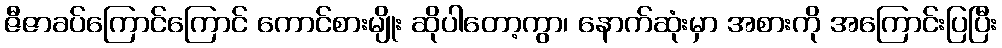
ဇီဇာခပ်ကြောင်ကြောင် ကောင်စားမျိုး ဆိုပါတော့ကွာ၊ နောက်ဆုံးမှာ အစားကို အကြောင်းပြပြီး